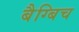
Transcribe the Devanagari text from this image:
बैग्बिच